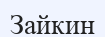
Зайкин